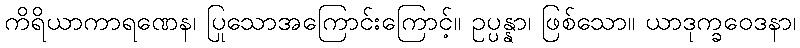
ကိရိယာကာရဏေန၊ ပြုသောအကြောင်းကြောင့်။ ဥပ္ပန္နာ၊ ဖြစ်သော။ ယာဒုက္ခဝေဒနာ၊